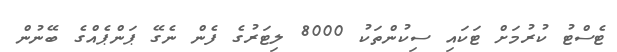
ޓެސްޓު ކުރުމަށް ޓަކައި ސިކުންތަކު 8000 ލިޓަރުގެ ފެން ނެގޭ ޕަންޕެއްގެ ބޭނުން